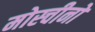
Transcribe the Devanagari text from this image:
मोस्चीनो